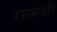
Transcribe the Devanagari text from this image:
रसमंजरि